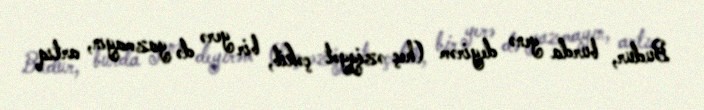
Budur, burda yenə deyirəm (heç əziyyət çəkib, bir yerə də yazmayın, artıq